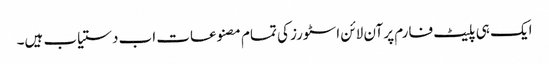
ایک ہی پلیٹ فارم پر آن لائن اسٹورز کی تمام مصنوعات اب دستیاب ہیں۔